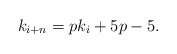
\begin{align*} k_{i+n}=pk_{i}+5p-5. \end{align*}